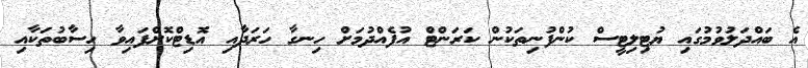
އެ ބައްދަލުވުމުގައި ޔުޓިލިޓީސް ކުންފުނިތަކުން ކަރަންޓް އުފެއްދުމަށް ހިނގާ ހަރަދާއި އޮޑިޓްކޮށްފައިވާ ހިސާބުތަކާއި